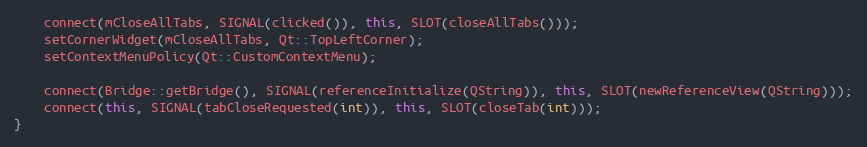
Language: C++
    connect(mCloseAllTabs, SIGNAL(clicked()), this, SLOT(closeAllTabs()));
    setCornerWidget(mCloseAllTabs, Qt::TopLeftCorner);
    setContextMenuPolicy(Qt::CustomContextMenu);

    connect(Bridge::getBridge(), SIGNAL(referenceInitialize(QString)), this, SLOT(newReferenceView(QString)));
    connect(this, SIGNAL(tabCloseRequested(int)), this, SLOT(closeTab(int)));
}